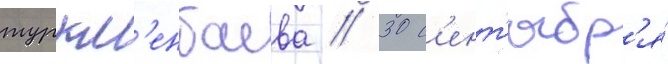
туркм'енбаева // 30 с'ент'ябр'я́